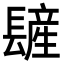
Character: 𨲨